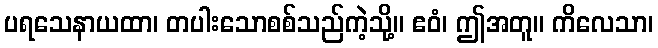
ပရသေနာယထာ၊ တပါးသောစစ်သည်ကဲ့သို့။ ဧဝံ၊ ဤအတူ။ ကိလေသာ၊